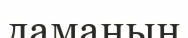
ламаның